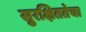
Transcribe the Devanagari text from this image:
सुरक्षिततेचा